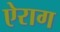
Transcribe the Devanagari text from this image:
ऐराग